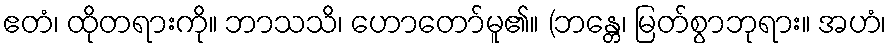
ဧတံ၊ ထိုတရားကို။ ဘာသသိ၊ ဟောတော်မူ၏။ (ဘန္တေ၊ မြတ်စွာဘုရား။ အဟံ၊